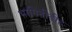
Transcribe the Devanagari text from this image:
भागिनीडीह